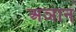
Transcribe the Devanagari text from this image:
अञान